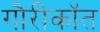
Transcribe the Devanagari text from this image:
गौरीकॉत